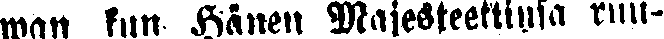
wan kun Hänen Majesteettinsa ruu-